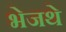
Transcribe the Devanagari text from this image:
भेजथे